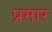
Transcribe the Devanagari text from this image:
प्रमार